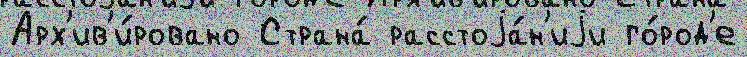
Арх'ив'и́ровано Страна́ расстоjа́н'иjи го́род'е